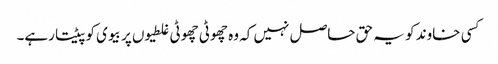
کسی خاوند کو یہ حق حاصل نہیں کہ وہ چھوٹی چھوٹی غلطیوں پر بیوی کو پیٹتا رہے۔